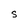
Character: s